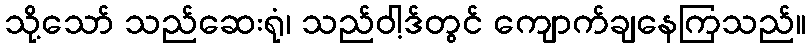
သို့သော် သည်ဆေးရုံ၊ သည်ဝါ့ဒ်တွင် ကျောက်ချနေကြသည်။